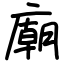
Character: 廟